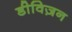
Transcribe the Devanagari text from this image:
डीविज़न